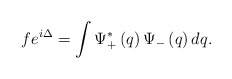
\begin{align*}fe^{i\Delta }=\int \Psi _{+}^{\ast }\left( q\right) \Psi _{-}\left( q\right)dq.\end{align*}